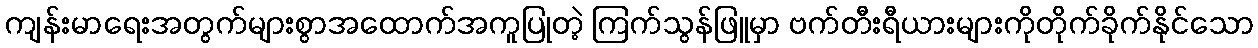
ကျန်းမာရေးအတွက်များစွာအထောက်အကူပြုတဲ့ ကြက်သွန်ဖြူမှာ ဗက်တီးရီယားများကိုတိုက်ခိုက်နိုင်သော